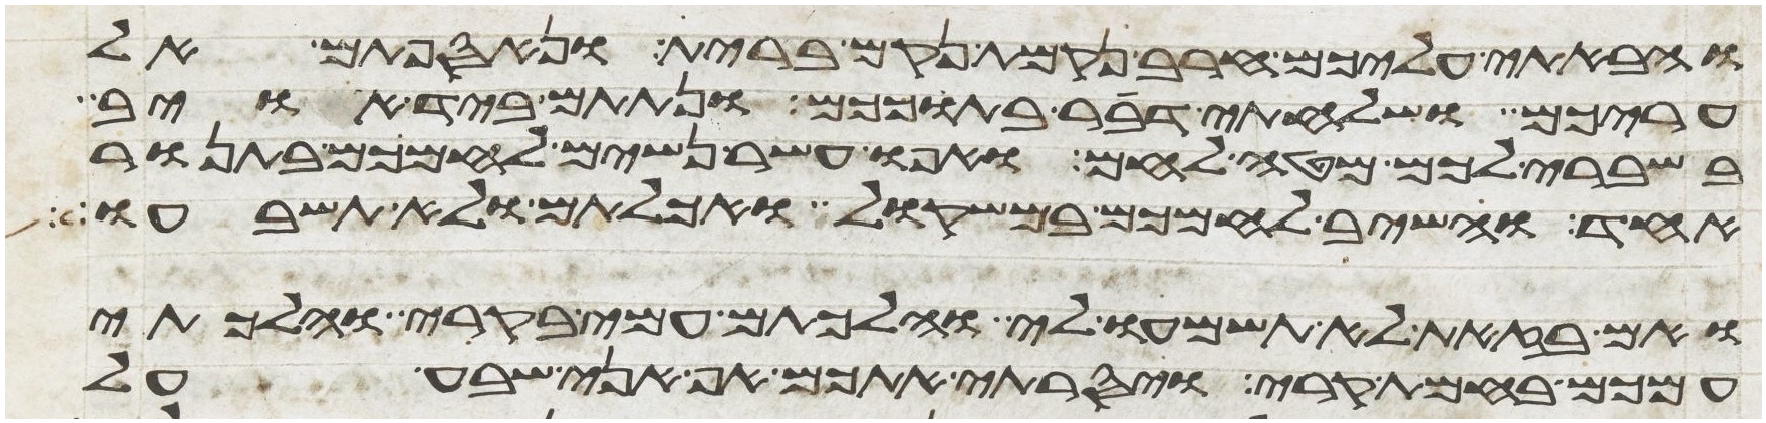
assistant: והבאתי עליכם חרב נקמת נקם ברית ונאספתם אל
עריכם ושלחתי דבר בתוככם ונתתם ביד אויב
בשברי לכם מטה לחם ואפו עשר נשים לחמכם בתנור
אחד והשיב לחמכם במשקול ואכלתם ולא תשבעו
ואם בזאת לא תשמעו לי והלכתם עמי קרי והלכתי
עמכם בחמת קרי ויסרתי אתכם אף אני שבע על